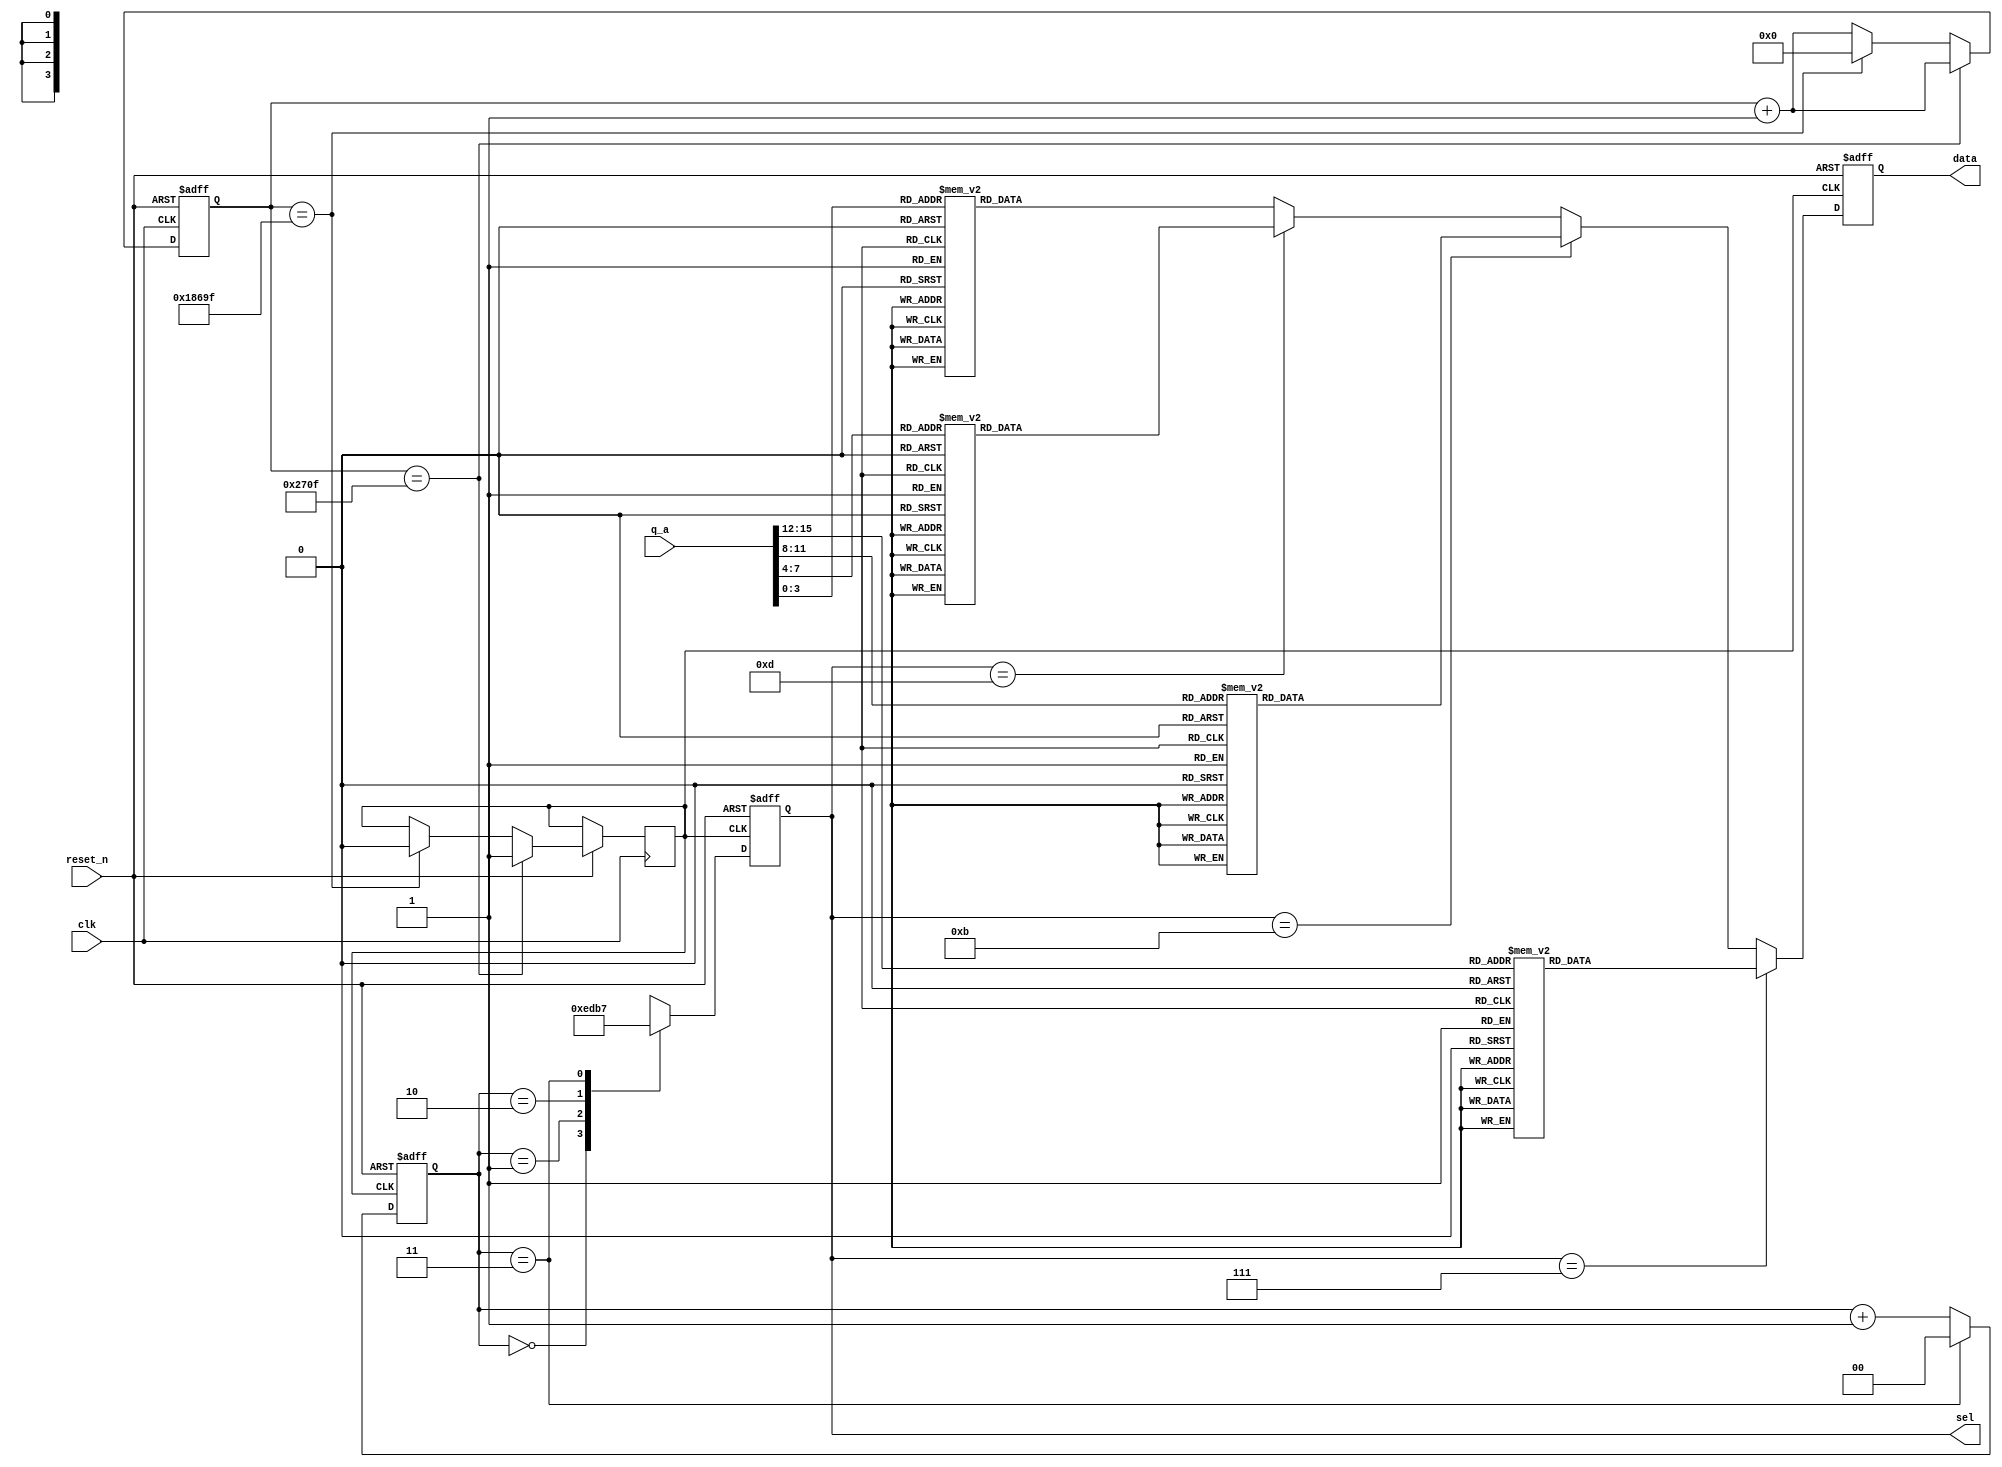
`timescale 1ns / 1ps
//////////////////////////////////////////////////////////////////////////////////
// Company: 
// Engineer: 
// 
// Design Name: 
// Module Name:    Display 
// Project Name: 
// Target Devices: 
// Tool versions: 
// Description: 
//
// Dependencies: 
//
// Revision: 
// Revision 0.01 - File Created
// Additional Comments: 
//
//////////////////////////////////////////////////////////////////////////////////
module DisPlay(
	input clk,
	input reset_n,
	input [15:0]q_a,
	output reg[7:0]data,
	output reg[3:0]sel
    );
	reg [29:0]cnt;
	reg [1:0]scn_cnt;
	reg clk0;
	always@(posedge clk or negedge reset_n)
		if(~reset_n)
			cnt<=0;
		else
			begin
				cnt<=cnt+1;
				if(cnt==10000-1)
					clk0<=1;
				else if(cnt==100000-1)
					begin
						clk0<=0;
						cnt<=0;
					end
			end
	always@(posedge clk0 or negedge reset_n)
		if(~reset_n)
			scn_cnt<=2'b00;
		else
			begin
				if(scn_cnt==2'b11)
					scn_cnt<=2'b00;
				else
					scn_cnt<=scn_cnt+1'b1;
			end
	always@(posedge clk0 or negedge reset_n)
		if(~reset_n)
			sel<=4'b1111;
		else
			case(scn_cnt)
				2'b00:	sel<=4'b1110;
				2'b01:	sel<=4'b1101;
				2'b10:	sel<=4'b1011;
				2'b11:	sel<=4'b0111;
				default: sel<=4'b1111;
			endcase
	always @(posedge clk0 or negedge reset_n)
	if(~reset_n)
		data=8'b11111111;
	else
		begin
			if(sel==4'b0111)
				begin
					case(q_a[15:12])
						4'h0: data=8'b00000011;
						4'h1: data=8'b10011111;
						4'h2: data=8'b00100101;
						4'h3: data=8'b00001101;
						4'h4: data=8'b10011001;
						4'h5: data=8'b01001001;
						4'h6: data=8'b01000001;
						4'h7: data=8'b00011111;
						4'h8: data=8'b00000001;
						4'h9: data=8'b00001001;
						4'ha: data=8'b00010001;
						4'hb: data=8'b11000001;
						4'hc: data=8'b01100011;
						4'hd: data=8'b10000101;
						4'he: data=8'b01100001;
						4'hf: data=8'b01110001;
						default: data=8'b11111111;
					endcase
				end
			else if(sel==4'b1011)
				begin
					case(q_a[11:8])
						4'h0: data=8'b00000011;
						4'h1: data=8'b10011111;
						4'h2: data=8'b00100101;
						4'h3: data=8'b00001101;
						4'h4: data=8'b10011001;
						4'h5: data=8'b01001001;
						4'h6: data=8'b01000001;
						4'h7: data=8'b00011111;
						4'h8: data=8'b00000001;
						4'h9: data=8'b00001001;
						4'ha: data=8'b00010001;
						4'hb: data=8'b11000001;
						4'hc: data=8'b01100011;
						4'hd: data=8'b10000101;
						4'he: data=8'b01100001;
						4'hf: data=8'b01110001;
						default: data=8'b11111111;
					endcase
				end
			else if(sel==4'b1101)
				begin
					case(q_a[7:4])
						4'h0: data=8'b00000011;
						4'h1: data=8'b10011111;
						4'h2: data=8'b00100101;
						4'h3: data=8'b00001101;
						4'h4: data=8'b10011001;
						4'h5: data=8'b01001001;
						4'h6: data=8'b01000001;
						4'h7: data=8'b00011111;
						4'h8: data=8'b00000001;
						4'h9: data=8'b00001001;
						4'ha: data=8'b00010001;
						4'hb: data=8'b11000001;
						4'hc: data=8'b01100011;
						4'hd: data=8'b10000101;
						4'he: data=8'b01100001;
						4'hf: data=8'b01110001;
						default: data=8'b11111111;
					endcase
				end
			else 
				begin
					case(q_a[3:0])
						4'h0: data=8'b00000011;
						4'h1: data=8'b10011111;
						4'h2: data=8'b00100101;
						4'h3: data=8'b00001101;
						4'h4: data=8'b10011001;
						4'h5: data=8'b01001001;
						4'h6: data=8'b01000001;
						4'h7: data=8'b00011111;
						4'h8: data=8'b00000001;
						4'h9: data=8'b00001001;
						4'ha: data=8'b00010001;
						4'hb: data=8'b11000001;
						4'hc: data=8'b01100011;
						4'hd: data=8'b10000101;
						4'he: data=8'b01100001;
						4'hf: data=8'b01110001;
						default: data=8'b11111111;
					endcase
				end
		end
endmodule